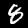
Label: 8